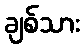
ချစ်သား